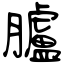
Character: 臚